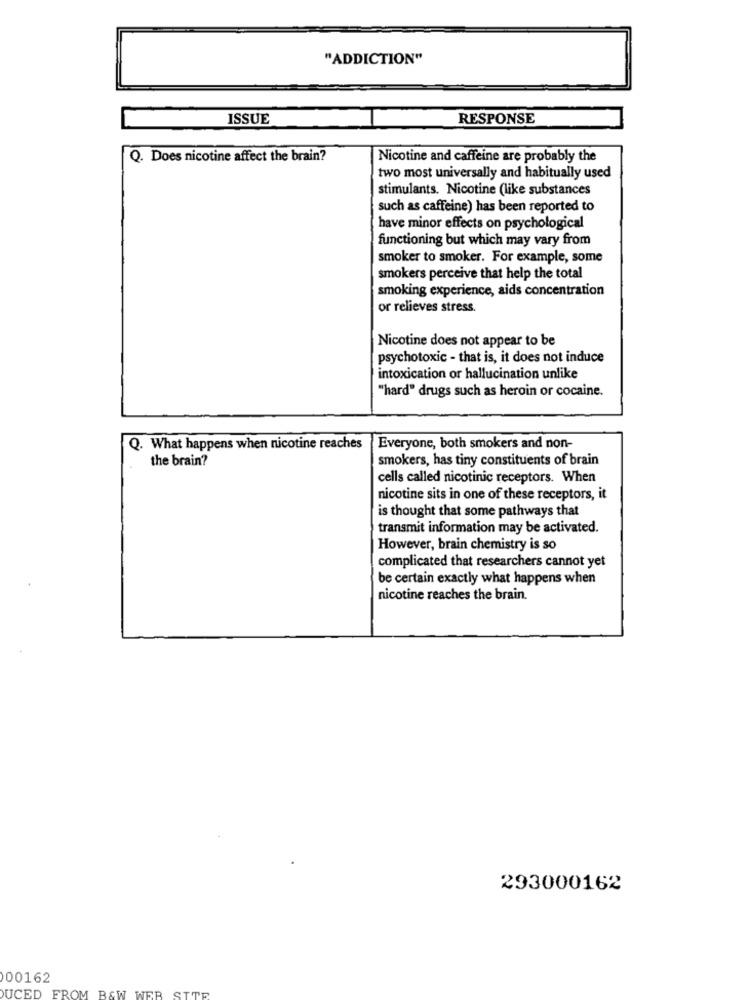
"ADDICTION"
ISSUE
RESPONSE
Q. Does nicotine affect the brain?
Nicotine and caffeine are probably the
two most universally and habitually used
stimulants. Nicotine (like substances
such as caffeine) has been reported to
have minor effects on psychological
functioning but which may vary from
smoker to smoker. For example, some
smokers perceive that help the total
smoking experience, aids concentration
or relieves stress.
Nicotine does not appear to be
psychotoxic - that is, it does not induce
intoxication or hallucination unlike
"hard" drugs such as heroin or cocaine.
Q. What happens when nicotine reaches |Everyone, both smokers and non-
the brain?
smokers, has tiny constituents of brain
cells called nicotinic receptors. When
nicotine sits in one of these receptors, it
is thought that some pathways that
transmit information may be activated.
However, brain chemistry is so
complicated that researchers cannot yet
be certain exactly what happens when
nicotine reaches the brain.
293000162
000162
B&W WER
SITE
DUCED FROM